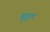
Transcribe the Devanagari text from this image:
गुगुश